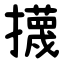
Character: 㩢